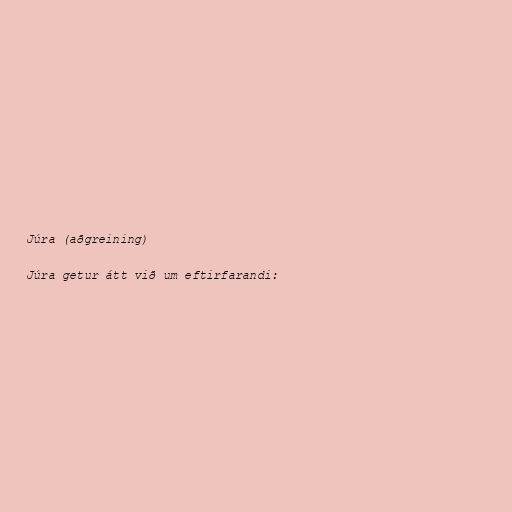
Júra (aðgreining)

Júra getur átt við um eftirfarandi: